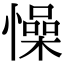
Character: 懆